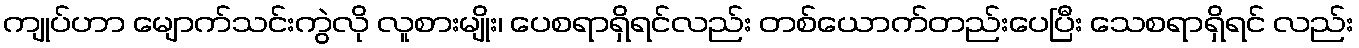
ကျုပ်ဟာ မျောက်သင်းကွဲလို လူစားမျိုး၊ ပေစရာရှိရင်လည်း တစ်ယောက်တည်းပေပြီး သေစရာရှိရင် လည်း